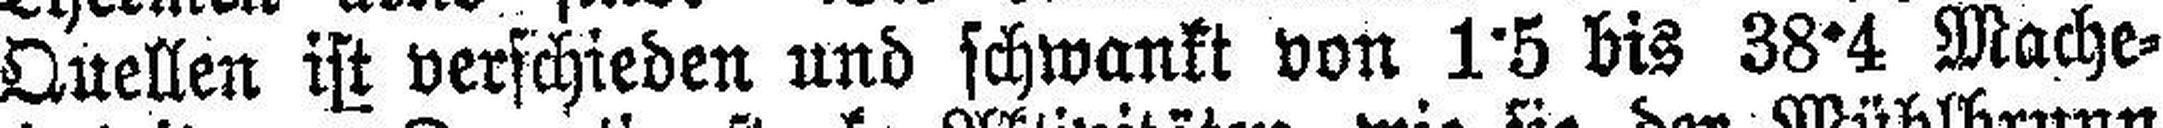
Quellen ist verschieden und schwankt von 1°5 bis 38°4 Mache¬